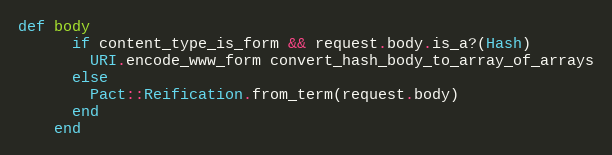
Language: Ruby
def body
      if content_type_is_form && request.body.is_a?(Hash)
        URI.encode_www_form convert_hash_body_to_array_of_arrays
      else
        Pact::Reification.from_term(request.body)
      end
    end